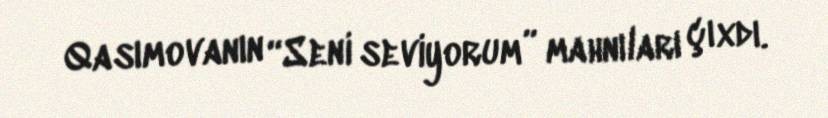
Qasımovanın “Seni seviyorum” mahnıları çıxdı.